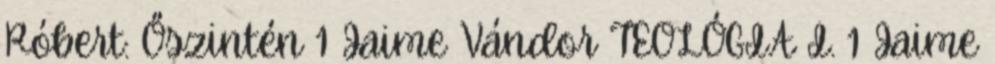
Róbert: Őszintén 1 Jaime Vándor TEOLÓGIA I. 1 Jaime